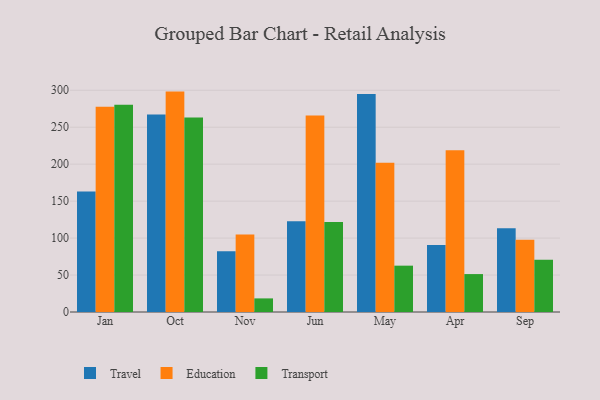
{"axis": {"x": "Month", "y": "Energy Usage (MWh)"}, "legend": ["Education", "Transport", "Travel"], "data": [{"x": "Jan", "y": 163.2, "type": "Travel"}, {"x": "Jan", "y": 277.8, "type": "Education"}, {"x": "Jan", "y": 280.5, "type": "Transport"}, {"x": "Oct", "y": 267.2, "type": "Travel"}, {"x": "Oct", "y": 298.2, "type": "Education"}, {"x": "Oct", "y": 263.3, "type": "Transport"}, {"x": "Nov", "y": 82.3, "type": "Travel"}, {"x": "Nov", "y": 105.0, "type": "Education"}, {"x": "Nov", "y": 18.4, "type": "Transport"}, {"x": "Jun", "y": 122.7, "type": "Travel"}, {"x": "Jun", "y": 265.7, "type": "Education"}, {"x": "Jun", "y": 121.8, "type": "Transport"}, {"x": "May", "y": 295.1, "type": "Travel"}, {"x": "May", "y": 202.1, "type": "Education"}, {"x": "May", "y": 62.7, "type": "Transport"}, {"x": "Apr", "y": 90.5, "type": "Travel"}, {"x": "Apr", "y": 219.0, "type": "Education"}, {"x": "Apr", "y": 51.3, "type": "Transport"}, {"x": "Sep", "y": 113.2, "type": "Travel"}, {"x": "Sep", "y": 97.6, "type": "Education"}, {"x": "Sep", "y": 70.7, "type": "Transport"}]}